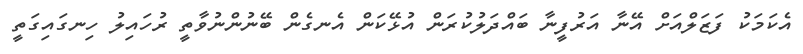
އެކަމަކު ފަޒަލްއަށް އޭނާ އަރުފީނާ ބައްދަލުކުރަން އުޅޭކަން އެނގެން ބޭނުންނުވާތީ ރުހައިލު ހިނގައިގަތީ